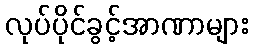
လုပ်ပိုင်ခွင့်အာဏာများ